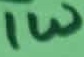
Text: 1W